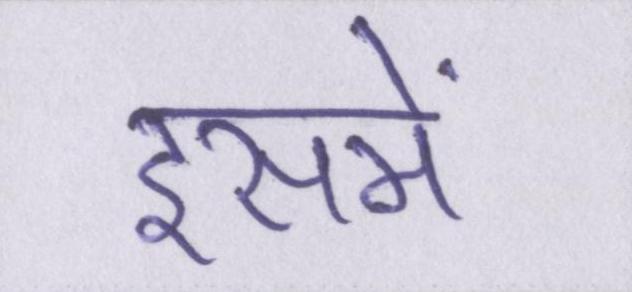
इसमें